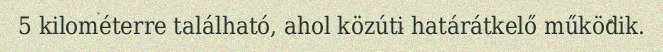
5 kilométerre található, ahol közúti határátkelő működik.